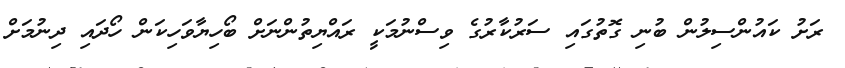
ރަށު ކައުންސިލުން ބުނި ގޮތުގައި ސަރުކާރުގެ ވިސްނުމަކީ ރައްޔިތުންނަށް ބޯހިޔާވަހިކަން ހޯދައި ދިނުމަށް